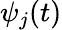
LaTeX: \psi_{j}(t)